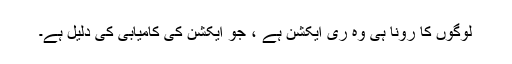
لوگوں کا رونا ہی وہ ری ایکشن ہے ، جو ایکشن کی کامیابی کی دلیل ہے۔